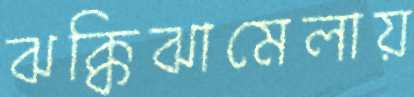
ঝক্কিঝামেলায়